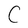
Character: C